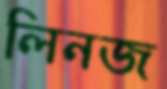
লিনজ